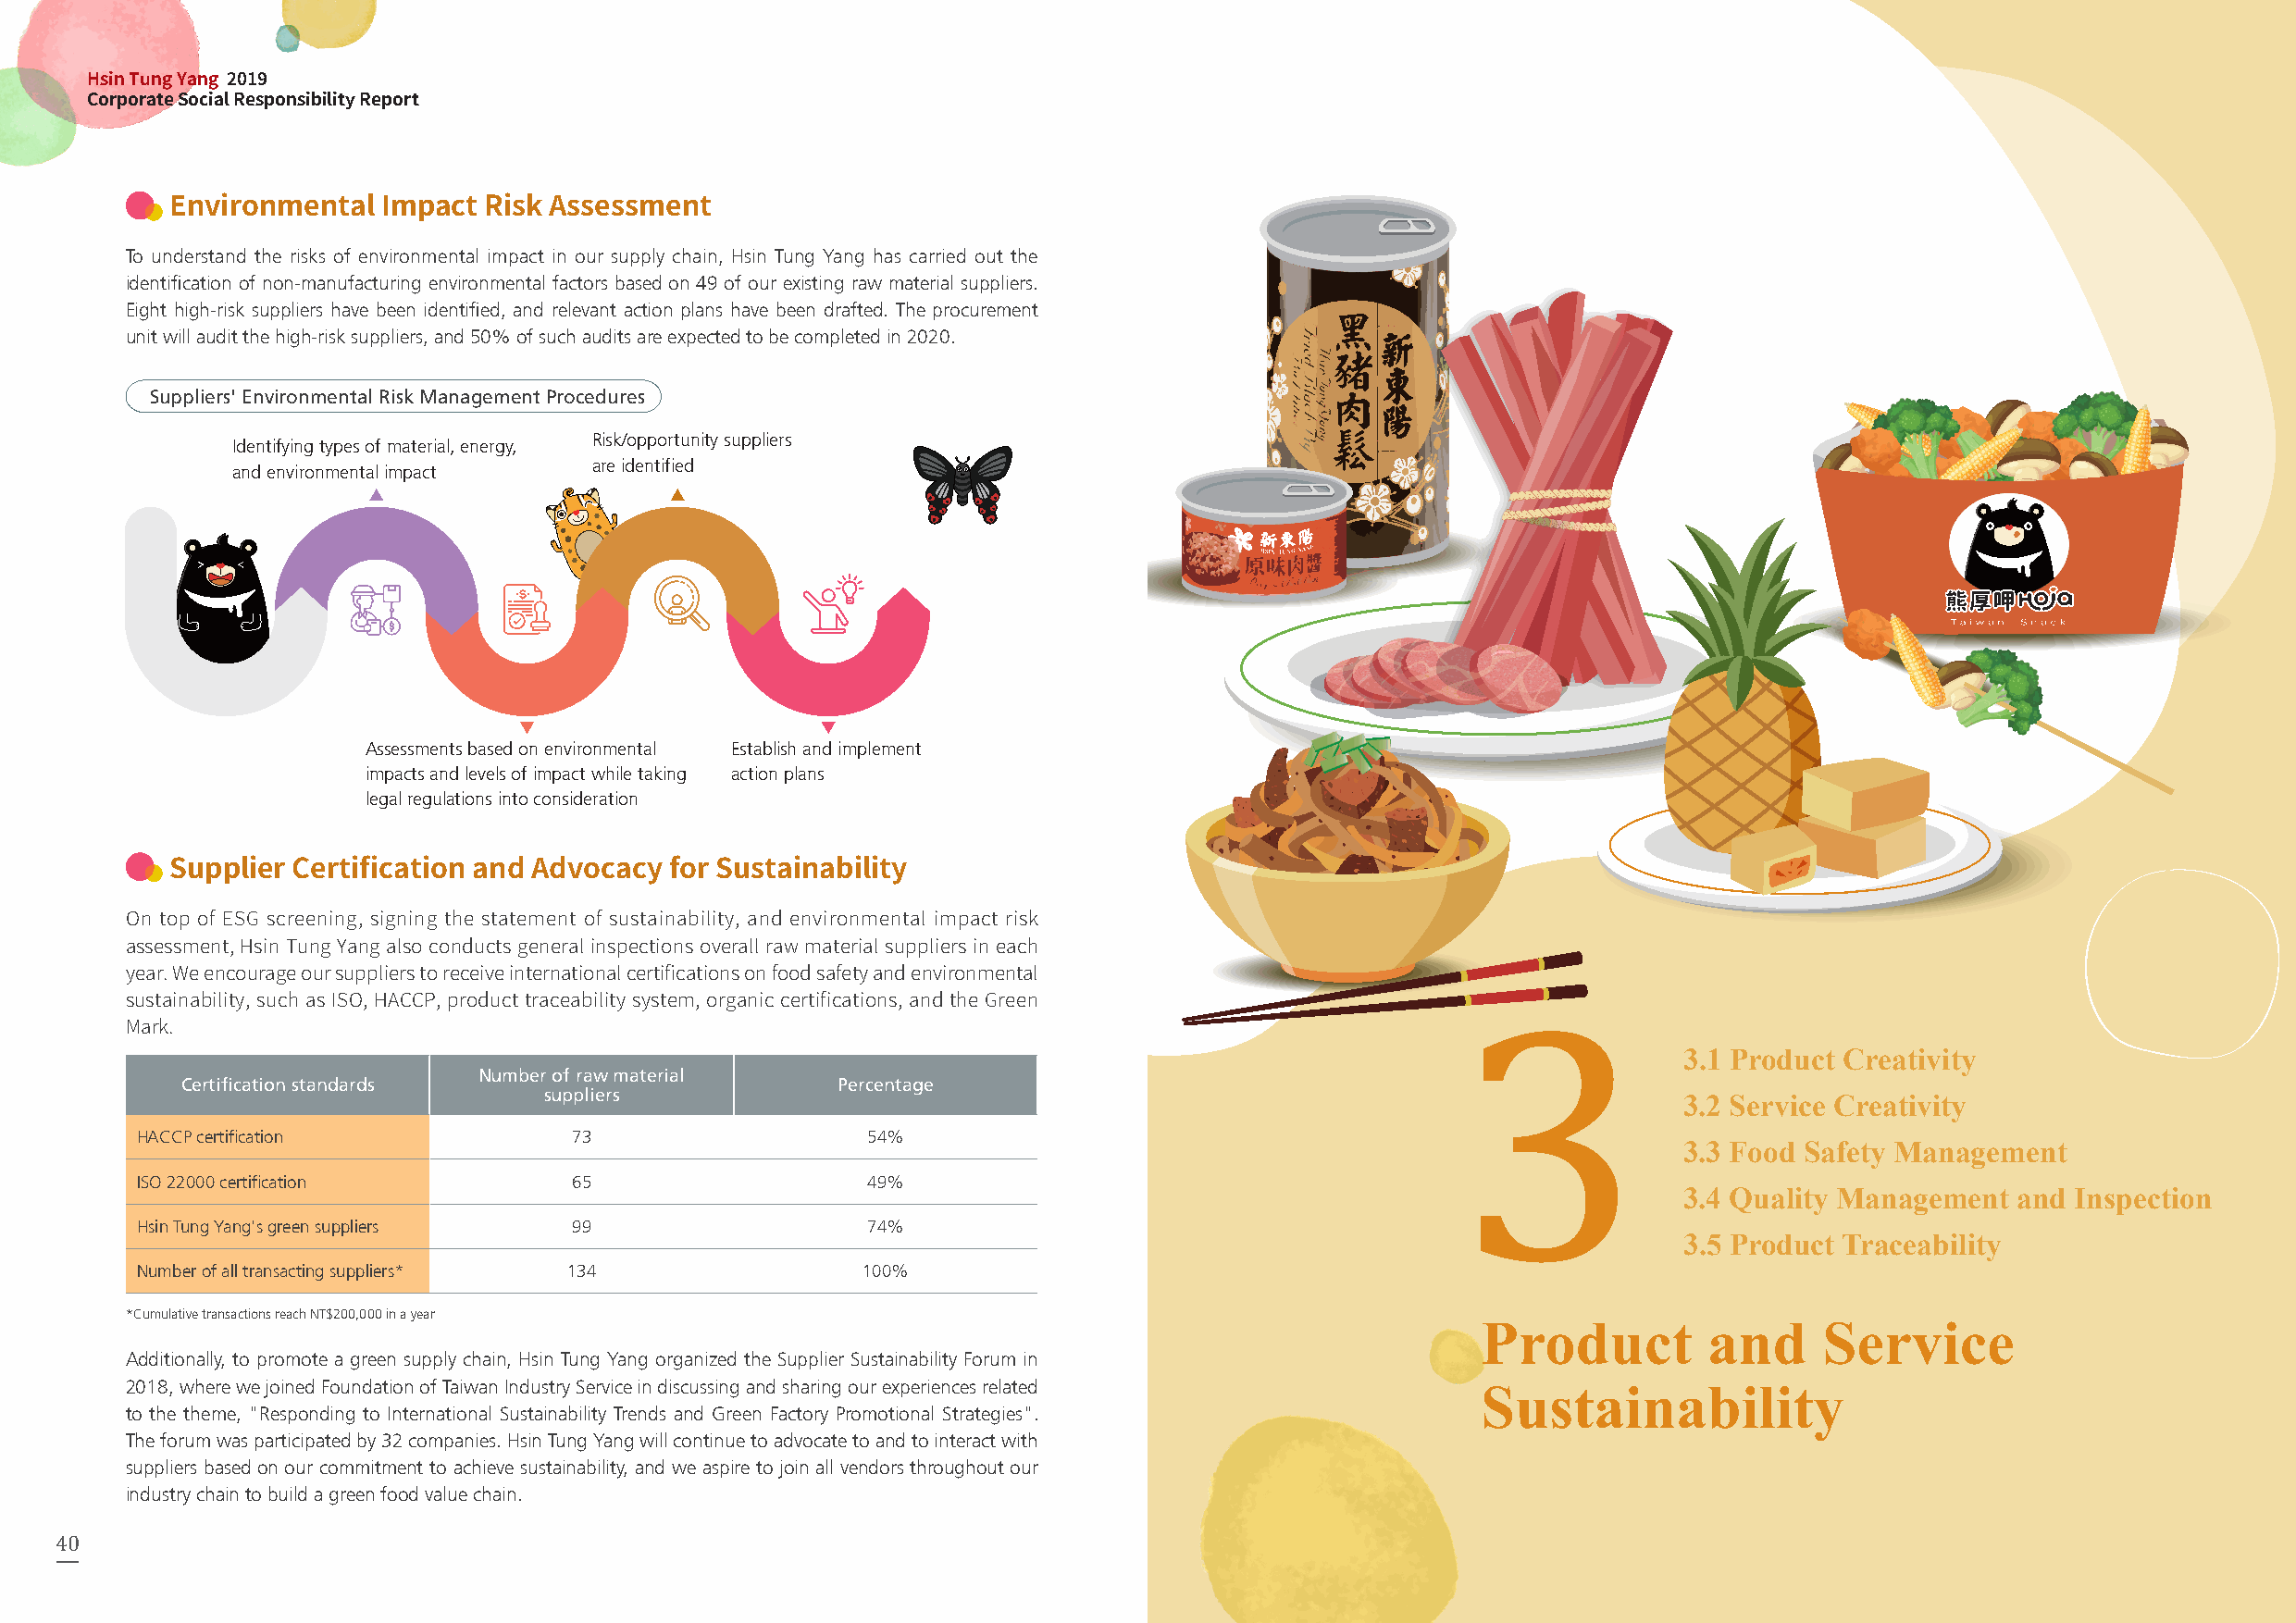
Sustainable      Product and
 Hsin Tung Yang 2019                                                                                  Corporate       Environmental Employee Care and
 Corporate Social Responsibility Report                                           Executive's Words 1 D Me av ne alo gp em me en nt t 22 Governance 3 S Se ur sv taic ie n ability 4 Sustainability 5 Social Engagement
 Environmental  Impact  Risk Assessment
 To understand the risks of environmental impact in our supply chain, Hsin Tung Yang has carried out the
 identification of non-manufacturing environmental factors based on 49 of our existing raw material suppliers.
 Eight high-risk suppliers have been identified, and relevant action plans have been drafted. The procurement
 unit will audit the high-risk suppliers, and 50% of such audits are expected to be completed in 2020.
 Suppliers' Environmental Risk Management Procedures
 Risk/opportunity suppliers
 Identifying types of material, energy,
 are identified
 and environmental impact
 Assessments based on environmental Establish and implement
 impacts and levels of impact while taking action plans
 legal regulations into consideration
 Supplier Certification and Advocacy for Sustainability
 On top of ESG screening, signing the statement of sustainability, and environmental impact risk
 assessment, Hsin Tung Yang also conducts general inspections overall raw material suppliers in each
 year. We encourage our suppliers to receive international certifications on food safety and environmental
 sustainability, such as ISO, HACCP, product traceability system, organic certifications, and the Green
 Mark.
 3.1 Product Creativity
 Number of raw material
 Certification standards                        Percentage
 suppliers
 3.2 Service Creativity
 HACCP certification            73                   54%
 3.3 Food Safety Management
 ISO 22000 certification        65                   49%
 3.4 Quality Management  and Inspection
 Hsin Tung Yang's green suppliers 99                 74%
 3.5 Product Traceability
 Number of all transacting suppliers* 134            100%
 *Cumulative transactions reach NT$200,000 in a year
 Product         and     Service
 Additionally, to promote a green supply chain, Hsin Tung Yang organized the Supplier Sustainability Forum in
 2018, where we joined Foundation of Taiwan Industry Service in discussing and sharing our experiences related
 Sustainability
 to the theme, "Responding to International Sustainability Trends and Green Factory Promotional Strategies".
 The forum was participated by 32 companies. Hsin Tung Yang will continue to advocate to and to interact with
 suppliers based on our commitment to achieve sustainability, and we aspire to join all vendors throughout our
 industry chain to build a green food value chain.
 40                                                                                                                                                        41